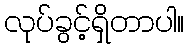
လုပ်ခွင့်ရှိတာပါ။